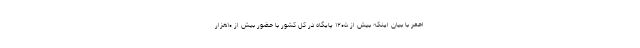
احمر با بیان اینکه بیش از ۱۲۰۵ پایگاه در کل کشور با حضور بیش از ۱۰هزار